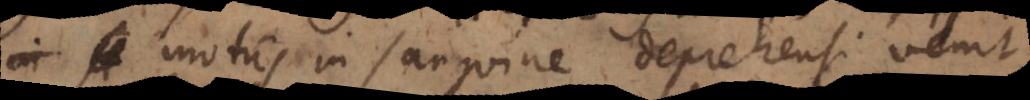
motus in sanguine deprehensi venit,